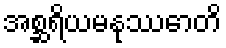
အစ္ဆရိယမနုဿောတိ